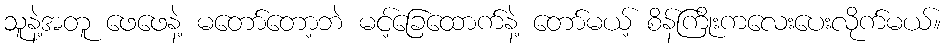
သူနဲ့အတူ ဖေဖေနဲ့ မတော်တော့ဘဲ မင့်ခြေထောက်နဲ့ တော်မယ့် စိန်ကြိုးကလေးပေးလိုက်မယ်။